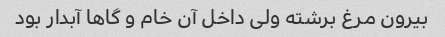
بیرون مرغ برشته ولی داخل آن خام و گاها آبدار بود